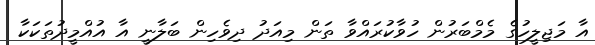
އާ މަޖިލީހުގެ މެމްބަރުން ހުވާކުރައްވާ ތަން މިއަދު ދިވެހިން ބަލާނީ އާ އުއްމީދުތަކަކާ